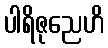
ပါရိဇုညေဟိ